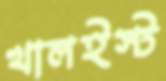
খালইস্ট